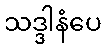
သဒ္ဒါနံပေ